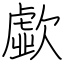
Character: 歔